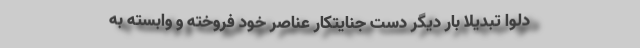
َدَّلوا تَبدیلًا بار دیگر دست جنایتکار عناصر خود فروخته و وابسته به